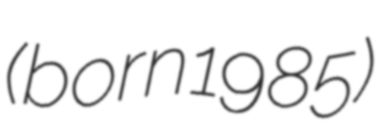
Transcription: (born 1985)